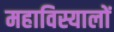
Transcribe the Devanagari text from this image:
महाविस्यालों